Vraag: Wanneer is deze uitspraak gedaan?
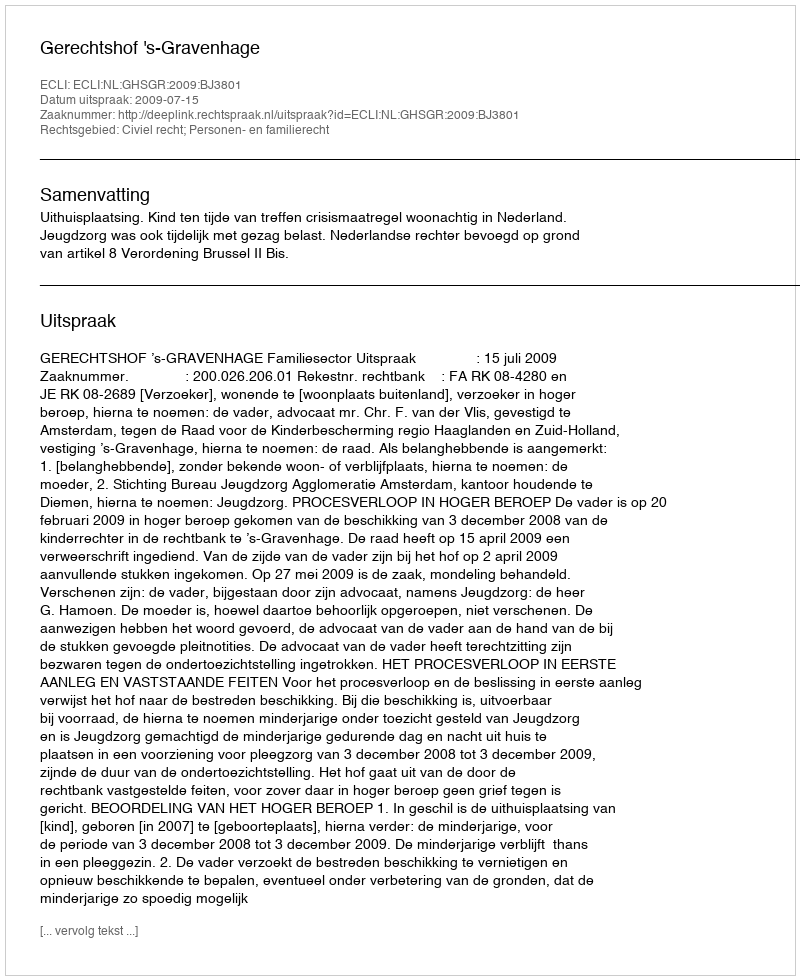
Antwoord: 2009-07-15